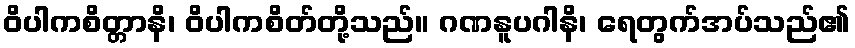
ဝိပါကစိတ္တာနိ၊ ဝိပါကစိတ်တို့သည်။ ဂဏနူပဂါနိ၊ ရေတွက်အပ်သည်၏